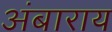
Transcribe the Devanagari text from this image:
अंबाराय